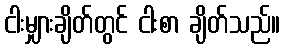
ငါးမျှားချိတ်တွင် ငါးစာ ချိတ်သည်။